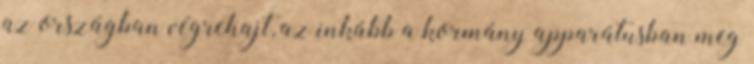
az országban végrehajt, az inkább a kormány apparátusban meg